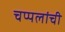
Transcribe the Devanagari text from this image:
चप्पलांची